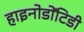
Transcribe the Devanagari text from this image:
हाइनोडोंटिडी